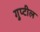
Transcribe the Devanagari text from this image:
गुप्टील